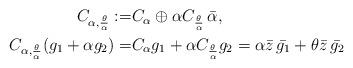
LaTeX: \begin{align*}\begin{alignedat}{12} C_{\alpha,\frac{\theta}{\alpha}}:=&C_{\alpha}\oplus \alpha C_{\frac{\theta}{\alpha}}\, \bar{\alpha},\\ C_{\alpha,\frac{\theta}{\alpha}}(g_1+\alpha g_2)=&C_{\alpha}g_1+\alpha C_{\frac{\theta}{\alpha}}g_2=\alpha \bar{z}\,\bar{g_1}+\theta \bar{z}\,\bar{g_2} \end{alignedat} \end{align*}